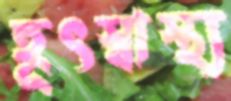
হূৎস্বাস্থ্য